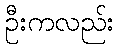
ဦးကလည်း